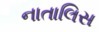
નાતાલિસ